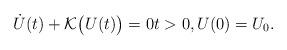
LaTeX: \begin{align*}\dot{U}(t) + \mathcal{K}\big(U(t)\big) = 0 t > 0, U(0) = U_0.\end{align*}